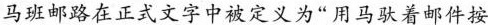
马班邮路在正式文字中被定义为“用马驮着邮件按